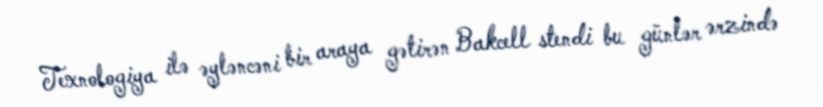
Texnologiya ilə əyləncəni bir araya gətirən Bakcell stendi bu günlər ərzində